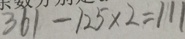
3 6 1 - 1 2 5 \times 2 = 1 1 1